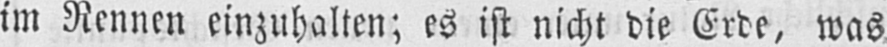
im Rennen einzuhalten; es ist nicht die Erde, was